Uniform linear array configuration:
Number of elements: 4
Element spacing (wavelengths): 1
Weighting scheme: blackman
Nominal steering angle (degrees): -15
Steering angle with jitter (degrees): -16.794
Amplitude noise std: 0.05
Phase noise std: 0.05

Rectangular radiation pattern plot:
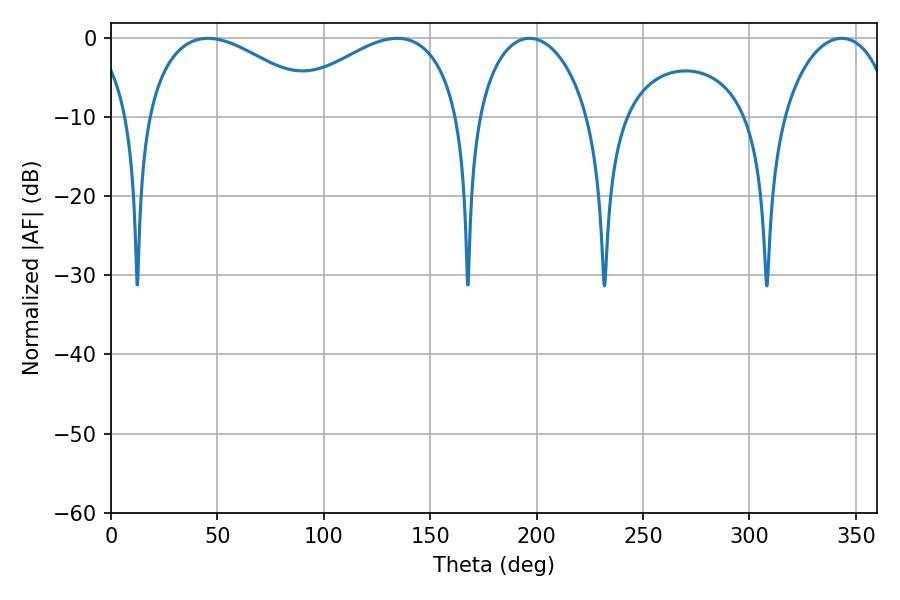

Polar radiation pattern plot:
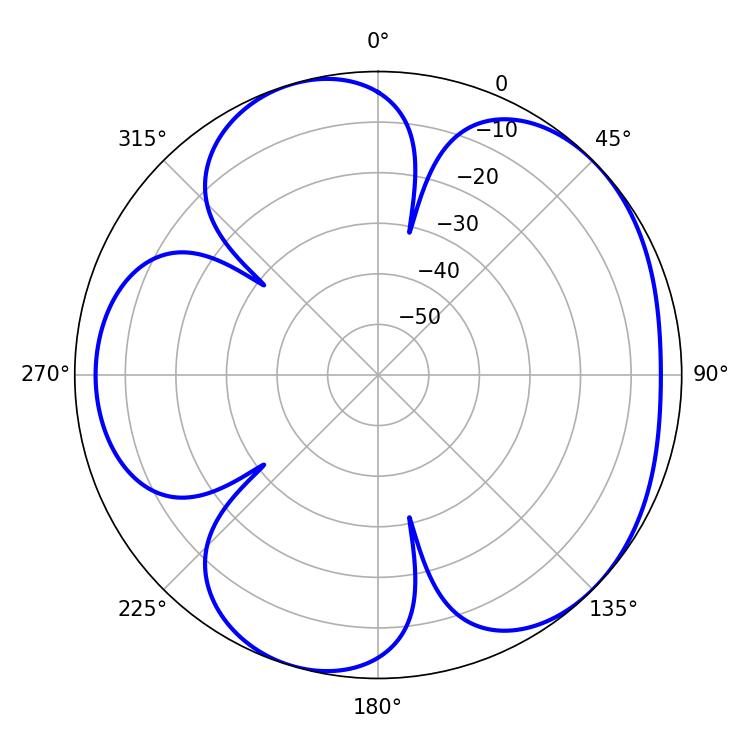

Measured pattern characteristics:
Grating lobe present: TRUE
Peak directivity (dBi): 4.886
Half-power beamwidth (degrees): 46.62
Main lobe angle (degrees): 45.54